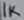
Text: 1K